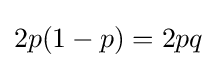
2p(1-p)=2pq